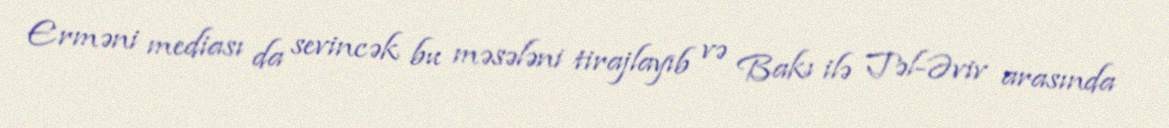
Erməni mediası da sevincək bu məsələni tirajlayıb və Bakı ilə Təl-Əviv arasında